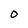
Character: 0